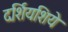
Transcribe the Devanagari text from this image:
दर्शियशिये